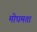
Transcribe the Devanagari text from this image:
मोघमता